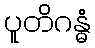
ပူတိဂန္ဓံ